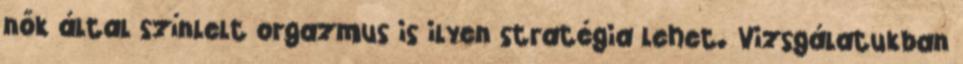
nők által színlelt orgazmus is ilyen stratégia lehet. Vizsgálatukban